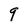
Character: 9